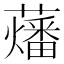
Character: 䕰